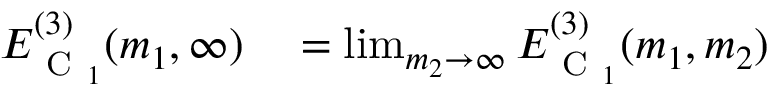
\begin{array} { r l } { E _ { \mathrm { ~ C ~ } _ { 1 } } ^ { ( 3 ) } ( m _ { 1 } , \infty ) } & { { } = \operatorname* { l i m } _ { m _ { 2 } \rightarrow \infty } E _ { \mathrm { ~ C ~ } _ { 1 } } ^ { ( 3 ) } ( m _ { 1 } , m _ { 2 } ) } \end{array}